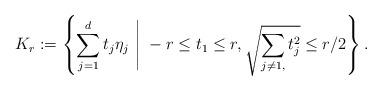
LaTeX: \begin{align*} K_r : = \left\{ \sum_{j=1}^d t_j \eta_j \ \Bigg| \ - r \le t_1 \le r , \sqrt{\sum_{j\ne 1,} t_j^2} \le r /2 \right\}. \end{align*}